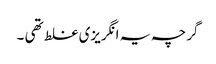
گرچہ یہ انگریزی غلط تھی ۔